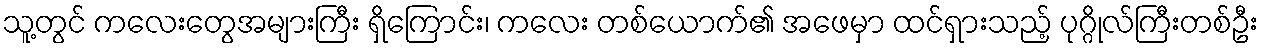
သူ့တွင် ကလေးတွေအများကြီး ရှိကြောင်း၊ ကလေး တစ်ယောက်၏ အဖေမှာ ထင်ရှားသည့် ပုဂ္ဂိုလ်ကြီးတစ်ဦး